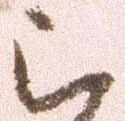
被